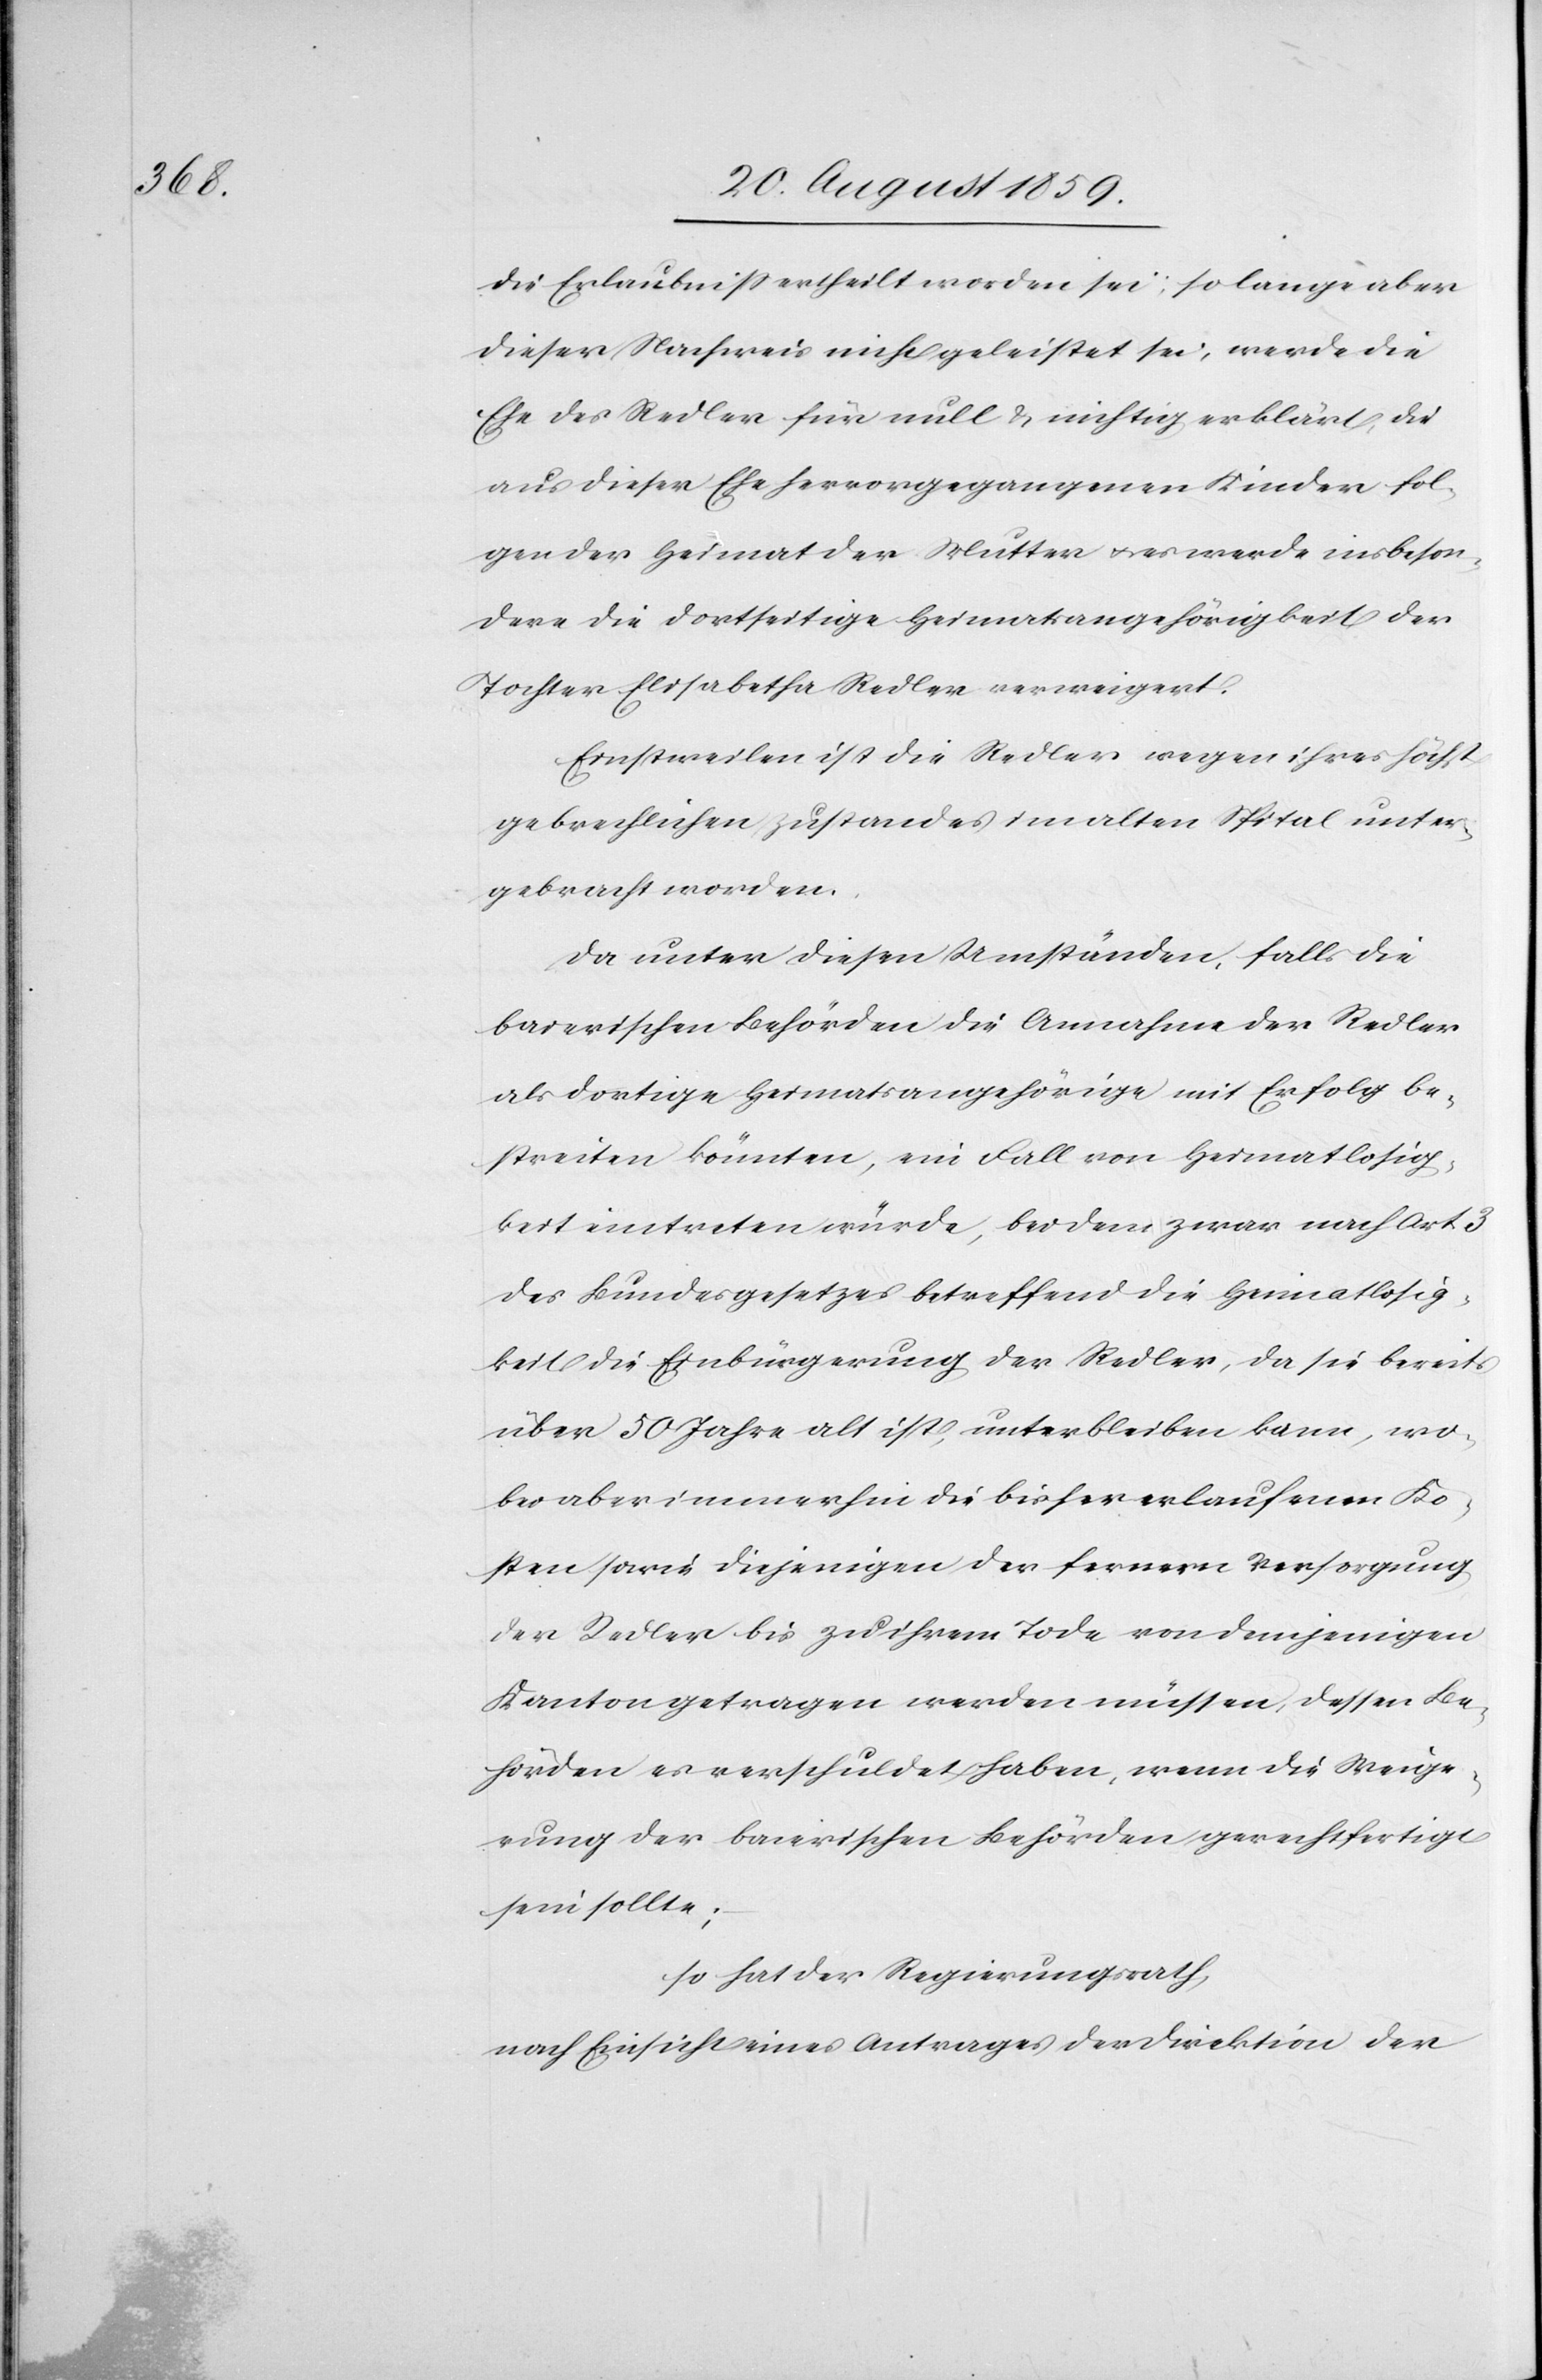
die Erlaubniß ertheilt worden sei, so lange aber
dieser Nachweis nicht geleistet sei, werde die
Ehe des Redler für null & nichtig erklärt, die
aus dieser Ehe hervorgegangenen Kinder fol¬
gen der Heimat der Mutter & es werde insbeson¬
dere die dortseitige Heimatsangehörigkeit der
Tochter Elisabetha Redler verweigert.
Einstweilen ist die Redler wegen ihres höchst¬
gebrechlichen zustandes [sic!] im alten Spital unter¬
gebracht worden.
Da unter diesen Umständen, falls die
Baierischen Behörden die Annahme der Redler
als dortige Heimatsangehörige mit Erfolg be¬
streiten könnten, ein Fall von Heimatlosig¬
keit eintreten würde, bei dem zwar nach Art.
des Bundesgesetzes betreffend die Heimatlosig¬
keit die Einbürgerung der Redler, da sie bereits
über 50 Jahre alt ist, unterbleiben kann, wo¬
bei aber immerhin die bisher erlaufenen Ko¬
sten sowie diejenigen der fernern Versorgung
der Redler bis zu ihrem Tode von demjenigen
Kanton getragen werden müssen, dessen Be¬
hörden es verschuldet haben, wenn die Weige¬
rung der baierischen Behörden gerechtfertigt
sein solle;
so hat der Regierungsrath,
nach Einsicht eines Antrages der Direktion der